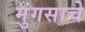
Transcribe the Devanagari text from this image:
मुंगसाचे